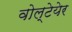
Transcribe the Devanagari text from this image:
वोल्टेयेर